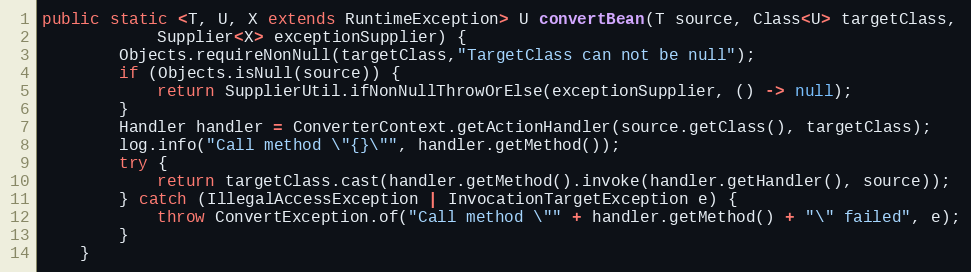
Language: Java
public static <T, U, X extends RuntimeException> U convertBean(T source, Class<U> targetClass,
            Supplier<X> exceptionSupplier) {
        Objects.requireNonNull(targetClass,"TargetClass can not be null");
        if (Objects.isNull(source)) {
            return SupplierUtil.ifNonNullThrowOrElse(exceptionSupplier, () -> null);
        }
        Handler handler = ConverterContext.getActionHandler(source.getClass(), targetClass);
        log.info("Call method \"{}\"", handler.getMethod());
        try {
            return targetClass.cast(handler.getMethod().invoke(handler.getHandler(), source));
        } catch (IllegalAccessException | InvocationTargetException e) {
            throw ConvertException.of("Call method \"" + handler.getMethod() + "\" failed", e);
        }
    }